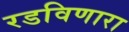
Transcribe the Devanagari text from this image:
रडविणारा